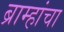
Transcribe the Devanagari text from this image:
ब्राम्हांचा